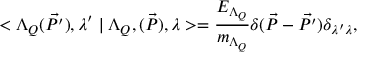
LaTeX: < \Lambda _ { Q } ( \vec { P ^ { \prime } } ) , { \lambda } ^ { \prime } \mid \Lambda _ { Q } , ( \vec { P } ) , { \lambda } > = \frac { E _ { \Lambda _ { Q } } } { m _ { \Lambda _ { Q } } } \delta ( \vec { P } - \vec { P ^ { \prime } } ) \delta _ { \lambda { ' } \lambda } ,